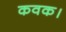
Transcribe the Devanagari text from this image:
कवक।